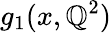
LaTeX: g_{1}(x,\mathbb{Q}^{2})